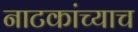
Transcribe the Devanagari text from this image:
नाटकांच्याच